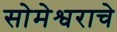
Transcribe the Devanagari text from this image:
सोमेश्वराचे